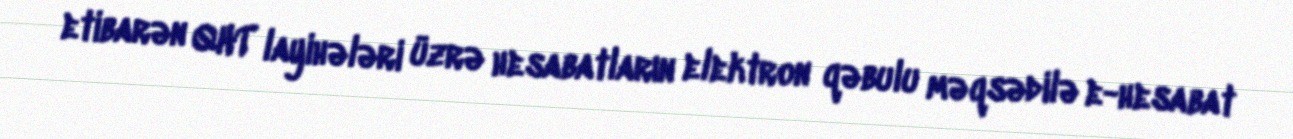
etibarən QHT layihələri üzrə hesabatların elektron qəbulu məqsədilə e-hesabat